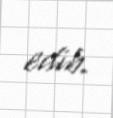
edib.